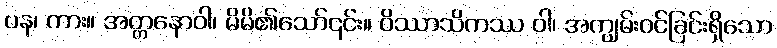
ပန၊ ကား။ အတ္တနောဝါ၊ မိမိ၏သော်၎င်း။ ဝိဿာသိကဿ ဝါ၊ အကျွမ်းဝင်ခြင်းရှိသော